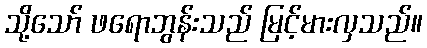
သို့သော် ဖရောဘွန်းသည် မြင့်မားလှသည်။